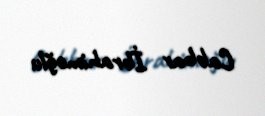
Cabbar İbrahimoğlu